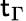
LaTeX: \mathsf{t}_{\Gamma}